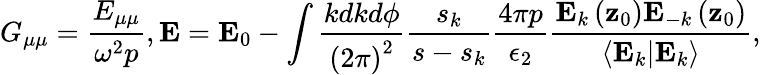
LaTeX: G_{\mu\mu}=\frac{E_{\mu\mu}}{\omega^{2}p},\mathbf{E}=\mathbf{E}_{0}-\int\frac{kdkd\phi}{\left(2\pi\right)^{2}}\frac{s_{k}}{s-s_{k}}\frac{4\pi p}{\epsilon_{2}}\frac{\mathbf{E}_{k}\left(\mathbf{z}_{0}\right)\mathbf{E}_{-k}\left(\mathbf{z}_{0}\right)}{\left\langle\mathbf{E}_{k}|\mathbf{E}_{k}\right\rangle},